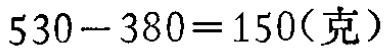
\(530 - 380 = 150(\text{克})\)